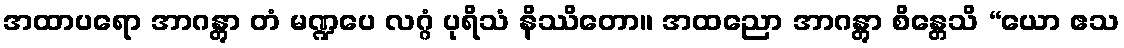
အထာပရော အာဂန္တွာ တံ မဏ္ဍပေ လဂ္ဂံ ပုရိသံ နိဿိတော။ အထညော အာဂန္တွာ စိန္တေသိ “ယော ဧသ